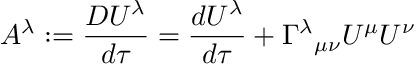
A ^ { \lambda } : = { \frac { D U ^ { \lambda } } { d \tau } } = { \frac { d U ^ { \lambda } } { d \tau } } + \Gamma ^ { \lambda } { } _ { \mu \nu } U ^ { \mu } U ^ { \nu }